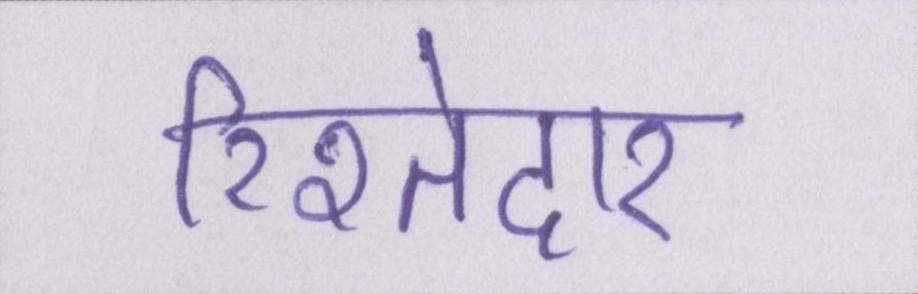
रिश्तेदार